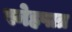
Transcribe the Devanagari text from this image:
स्नेहपात्र